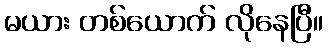
မယား တစ်ယောက် လိုနေပြီ။